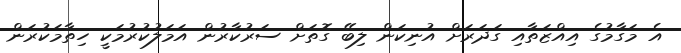
އެ މަގާމުގެ އިއްޒަތާއި ގަދަރަށް އުނިކަން ލިބޭ ގޮތަށް ސަރުކާރުން އަމަލުކުރުމަކީ ހިތާމަކުރަން